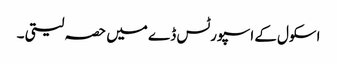
اسکول کے اسپورٹس ڈے میں حصہ لیتی ۔